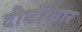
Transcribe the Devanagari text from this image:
दीर्घोच्चार